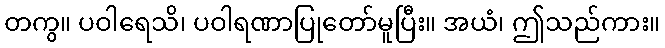
တကွ။ ပဝါရေသိ၊ ပဝါရဏာပြုတော်မူပြီး။ အယံ၊ ဤသည်ကား။